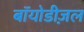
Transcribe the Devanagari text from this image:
बॉयोडीज़ल